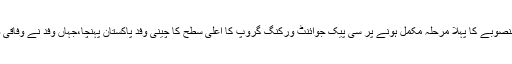
تفصیلات کے مطابق پاک چین اقتصادی راہداری منصوبے کا پہلا مرحلہ مکمل ہونے پر سی پیک جوائنٹ ورکنگ گروپ کا اعلیٰ سطح کا چینی وفد پاکستان پہنچا،جہاں وفد نے وفاقی وزیر برائے مواصلات مراد سعید سے ملاقات کی۔